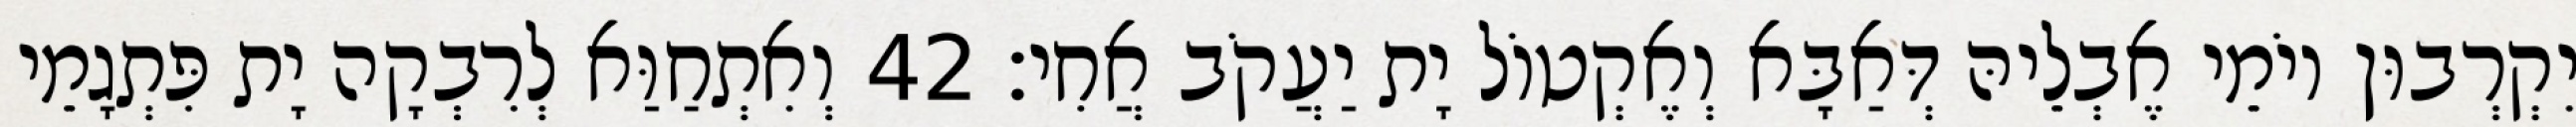
יִקְרְבוּן יוֹמֵי אֶבְלֵיהּ דְּאַבָּא וְאֶקְטוֹל יָת יַעֲקֹב אֲחִי׃ 42 וְאִתְחַוַּא לְרִבְקָה יָת פִּתְגָמֵי